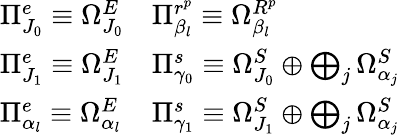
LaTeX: \begin{array}{ll}{{\Pi_{J_{0}}^{e}\equiv\Omega_{J_{0}}^{E}}}&{{\Pi_{\beta_{l}}^{r^{p}}\equiv\Omega_{\beta_{l}}^{R^{p}}}}\\ {{\Pi_{J_{1}}^{e}\equiv\Omega_{J_{1}}^{E}}}&{{\Pi_{\gamma_{0}}^{s}\equiv\Omega_{J_{0}}^{S}\oplus\bigoplus_{j}\Omega_{\alpha_{j}}^{S}}}\\ {{\Pi_{\alpha_{l}}^{e}\equiv\Omega_{\alpha_{l}}^{E}}}&{{\Pi_{\gamma_{1}}^{s}\equiv\Omega_{J_{1}}^{S}\oplus\bigoplus_{j}\Omega_{\alpha_{j}}^{S}}}\end{array}